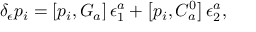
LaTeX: \delta _ { \epsilon } p _ { i } = \left[ p _ { i } , G _ { a } \right] \epsilon _ { 1 } ^ { a } + \left[ p _ { i } , C _ { a } ^ { 0 } \right] \epsilon _ { 2 } ^ { a } ,